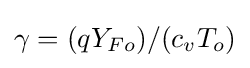
\gamma =(qY_{Fo})/(c_{v}T_{o})